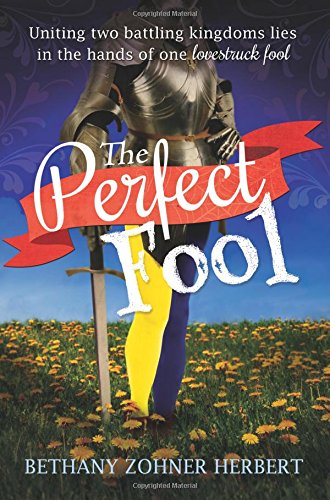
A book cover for The Perfect Fool; Bethany Z. Herbert; Teen & Young Adult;